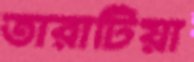
তারাটিয়া